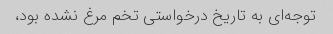
توجه‌ای به تاریخ درخواستی تخم مرغ نشده بود،